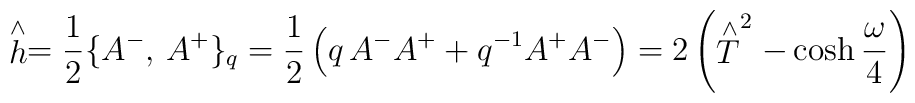
\stackrel{\wedge }{h} = \frac{1}{2}\{ A^{-},\,A^{+}\}_{q} =\frac{1}{2}\left( q\,A^{-}A^{+} + q^{-1}A^{+}A^{-} \right) =2\left( \stackrel{\wedge }{T}^{2} - \cosh\frac{\omega}{4}\right)